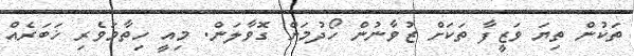
ތަކުން ތިޔަ ވަޒީފާ ތަކަށް ޒުވާނުން ހޯދުމަށް ގޮވާލަން. މިއީ ހިތާމަވެރި ޚަބަރެއް